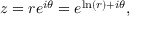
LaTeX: z = r e ^ { i \theta } = e ^ { \ln ( r ) + i \theta } ,